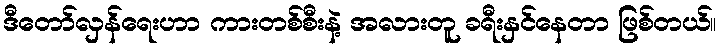
ဒီတော်လှန်ရေးဟာ ကားတစ်စီးနဲ့ အလားတူ ခရီးနှင်နေတာ ဖြစ်တယ်။